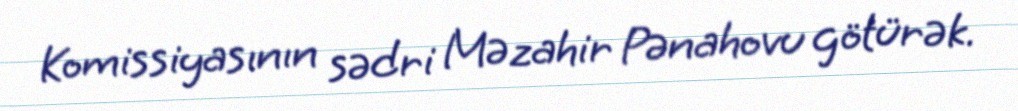
Komissiyasının sədri Məzahir Pənahovu götürək.